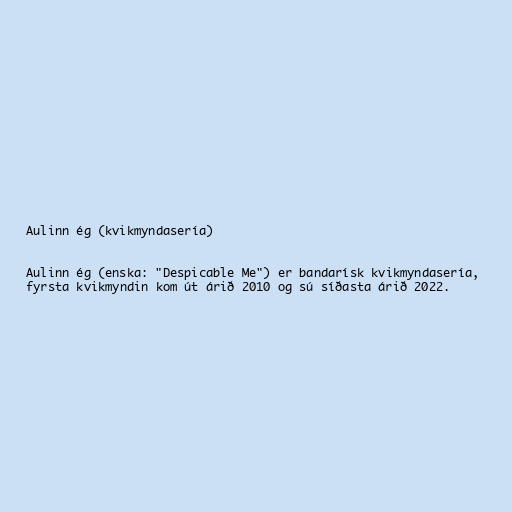
Aulinn ég (kvikmyndasería)

Aulinn ég (enska: "Despicable Me") er bandarísk kvikmyndasería,
fyrsta kvikmyndin kom út árið 2010 og sú síðasta árið 2022.